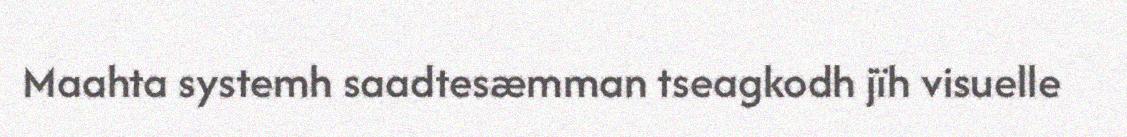
Maahta systemh saadtesæmman tseagkodh jïh visuelle